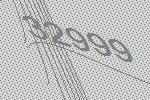
32999